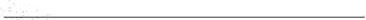
___